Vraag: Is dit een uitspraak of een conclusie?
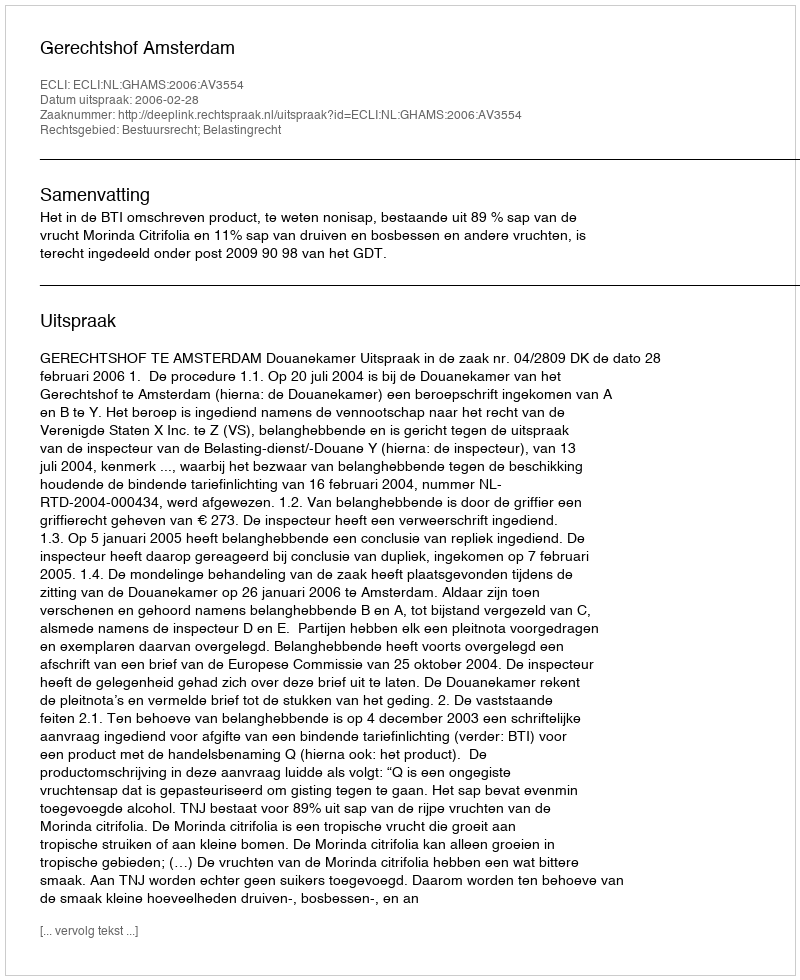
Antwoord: Uitspraak